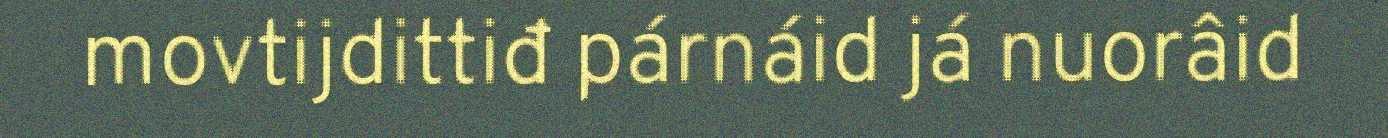
movtijdittiđ párnáid já nuorâid